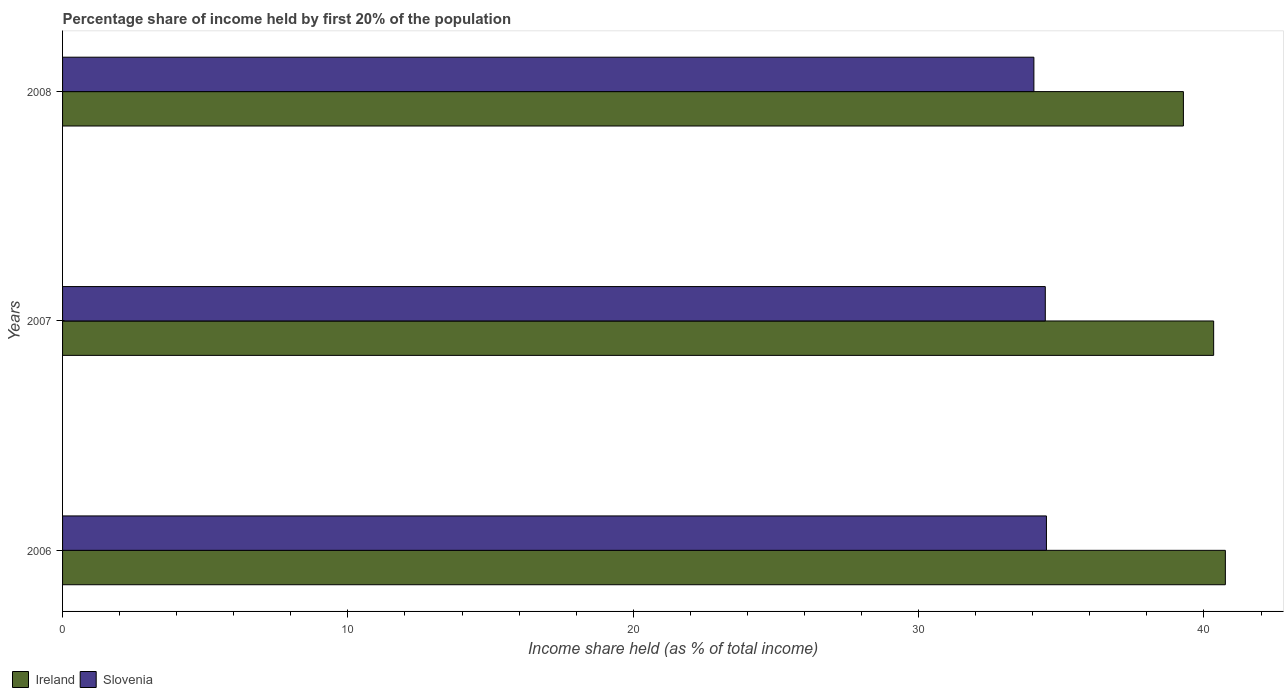
| Years | Ireland | Slovenia |
 | --- | --- | --- |
 | 2006 | 40.8 | 34.5 |
 | 2007 | 40.3 | 34.4 |
 | 2008 | 39.3 | 34 |